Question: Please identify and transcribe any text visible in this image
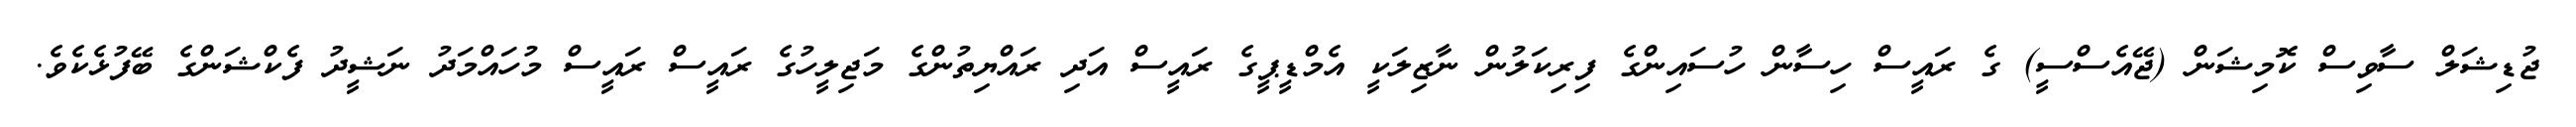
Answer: ޖުޑިޝަލް ސާވިސް ކޮމިޝަން (ޖޭއެސްސީ) ގެ ރައީސް ހިސާން ހުސައިންގެ ފިރިކަލުން ނާޒިލަކީ އެމްޑީޕީގެ ރައީސް އަދި ރައްޔިތުންގެ މަޖިލީހުގެ ރައީސް ރައީސް މުހައްމަދު ނަޝީދު ފެކްޝަންގެ ބޭފުޅެކެވެ.